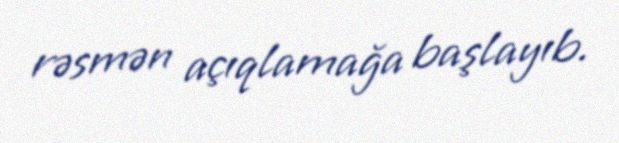
rəsmən açıqlamağa başlayıb.